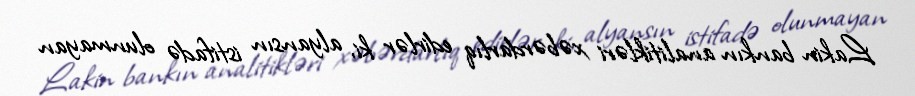
Lakin bankın analitikləri xəbərdarlıq edirlər ki, alyansın istifadə olunmayan